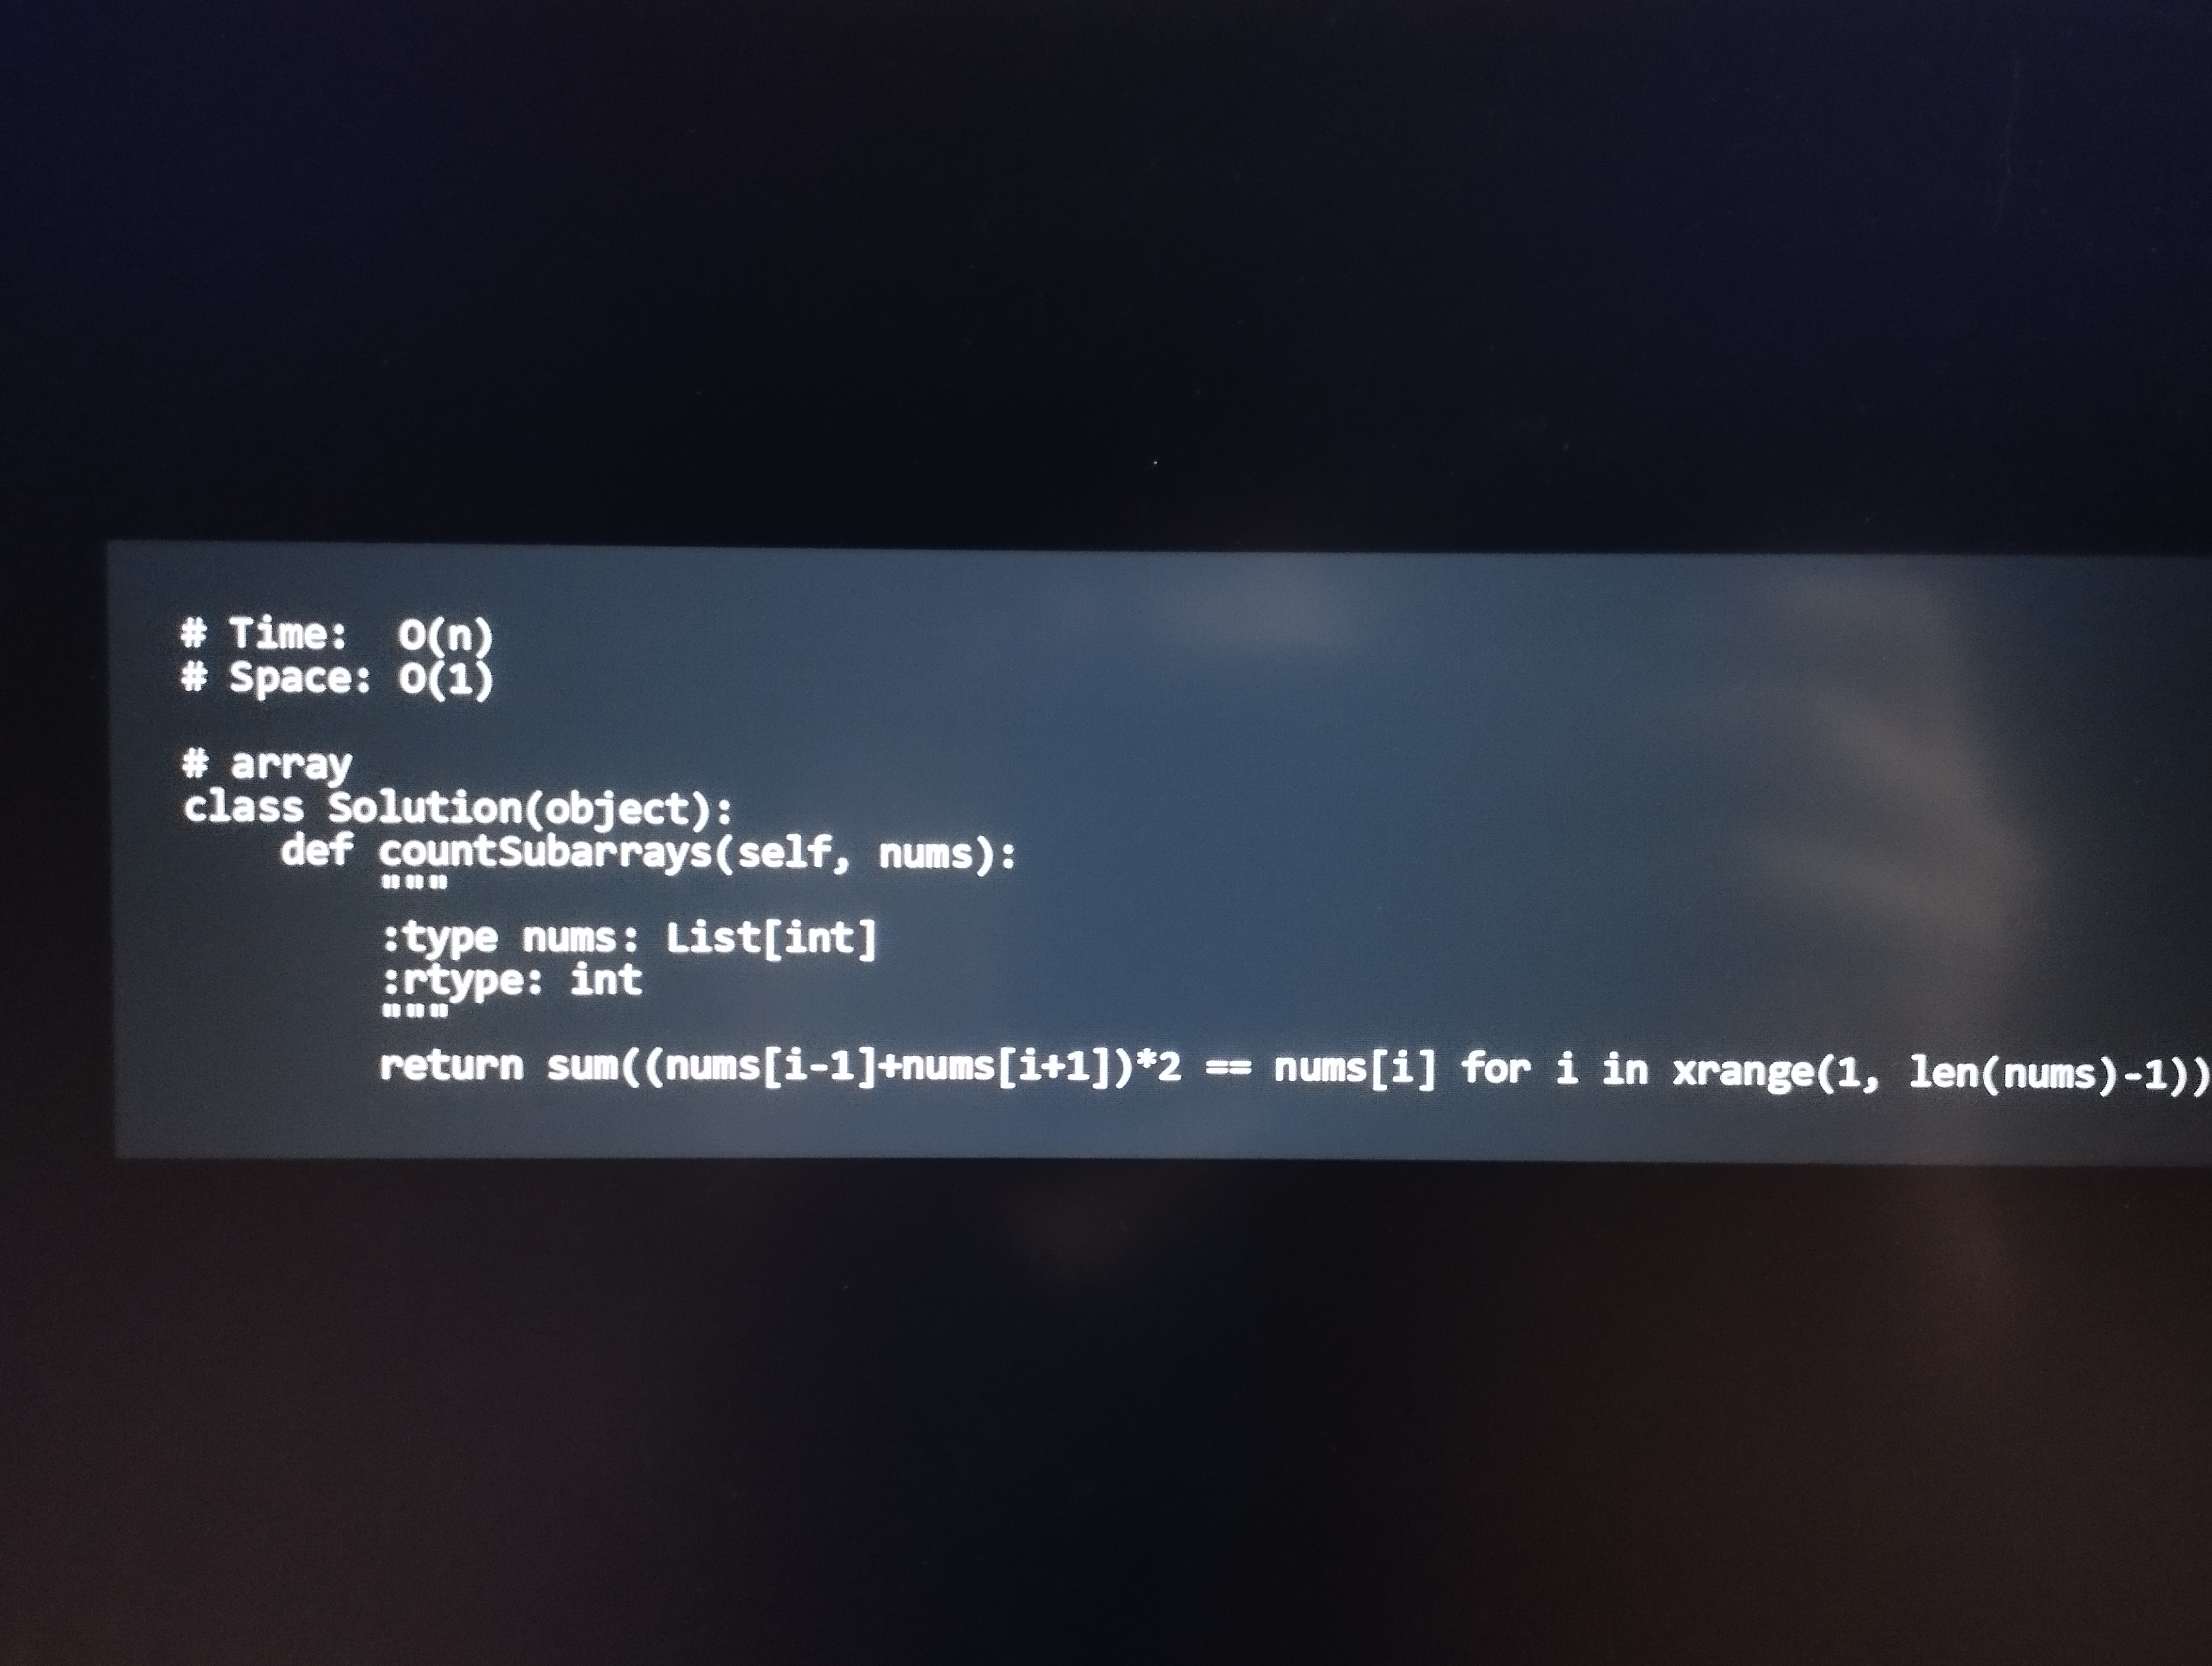
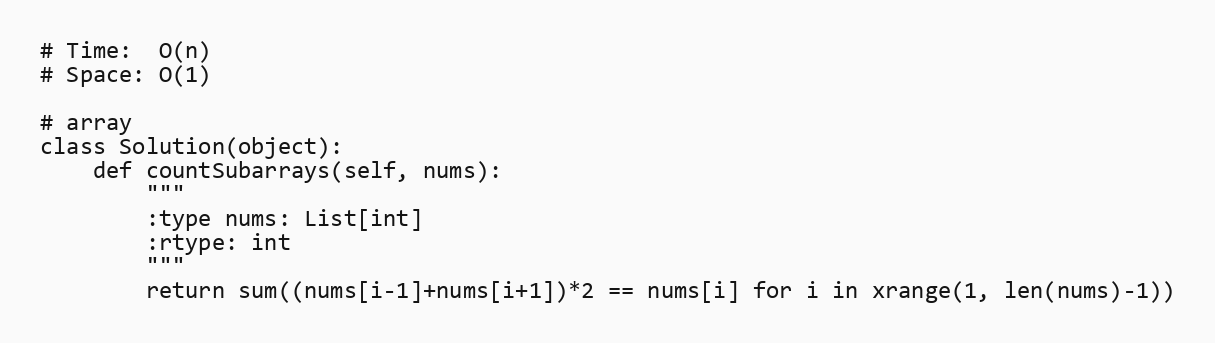
# Time:  O(n)
# Space: O(1)

# array
class Solution(object):
    def countSubarrays(self, nums):
        """
        :type nums: List[int]
        :rtype: int
        """
        return sum((nums[i-1]+nums[i+1])*2 == nums[i] for i in xrange(1, len(nums)-1))